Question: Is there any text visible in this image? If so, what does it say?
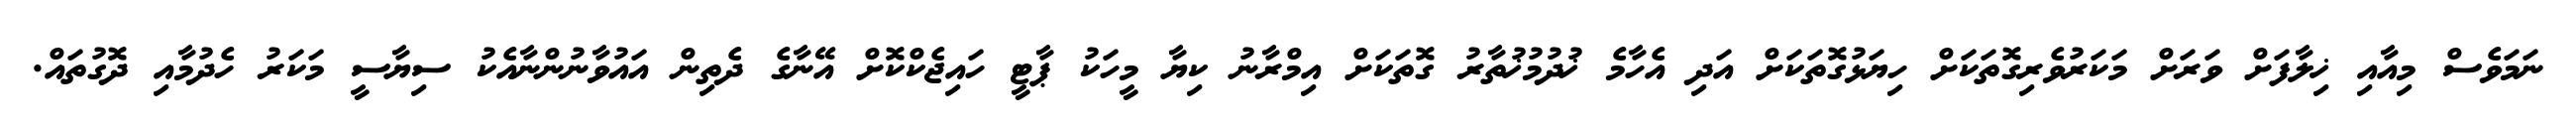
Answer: ނަމަވެސް މިއާއި ޚިލާފަށް ވަރަށް މަކަރުވެރިގޮތަކަށް ހިޔަޅުގޮތަކަށް އަދި އެހާމެ ޚުދުމުޚުތާރު ގޮތަކަށް އިމްރާނު ކިޔާ މީހަކު ޕާޓީ ހައިޖެކްކޮށް އޭނާގެ ދެތިން އައުވާނުންނާއެކު ސިޔާސީ މަކަރު ހެދުމާއި ދޮގުތައް.